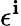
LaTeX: \epsilon^{\mathbf{i}}